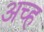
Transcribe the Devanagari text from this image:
अच्ह